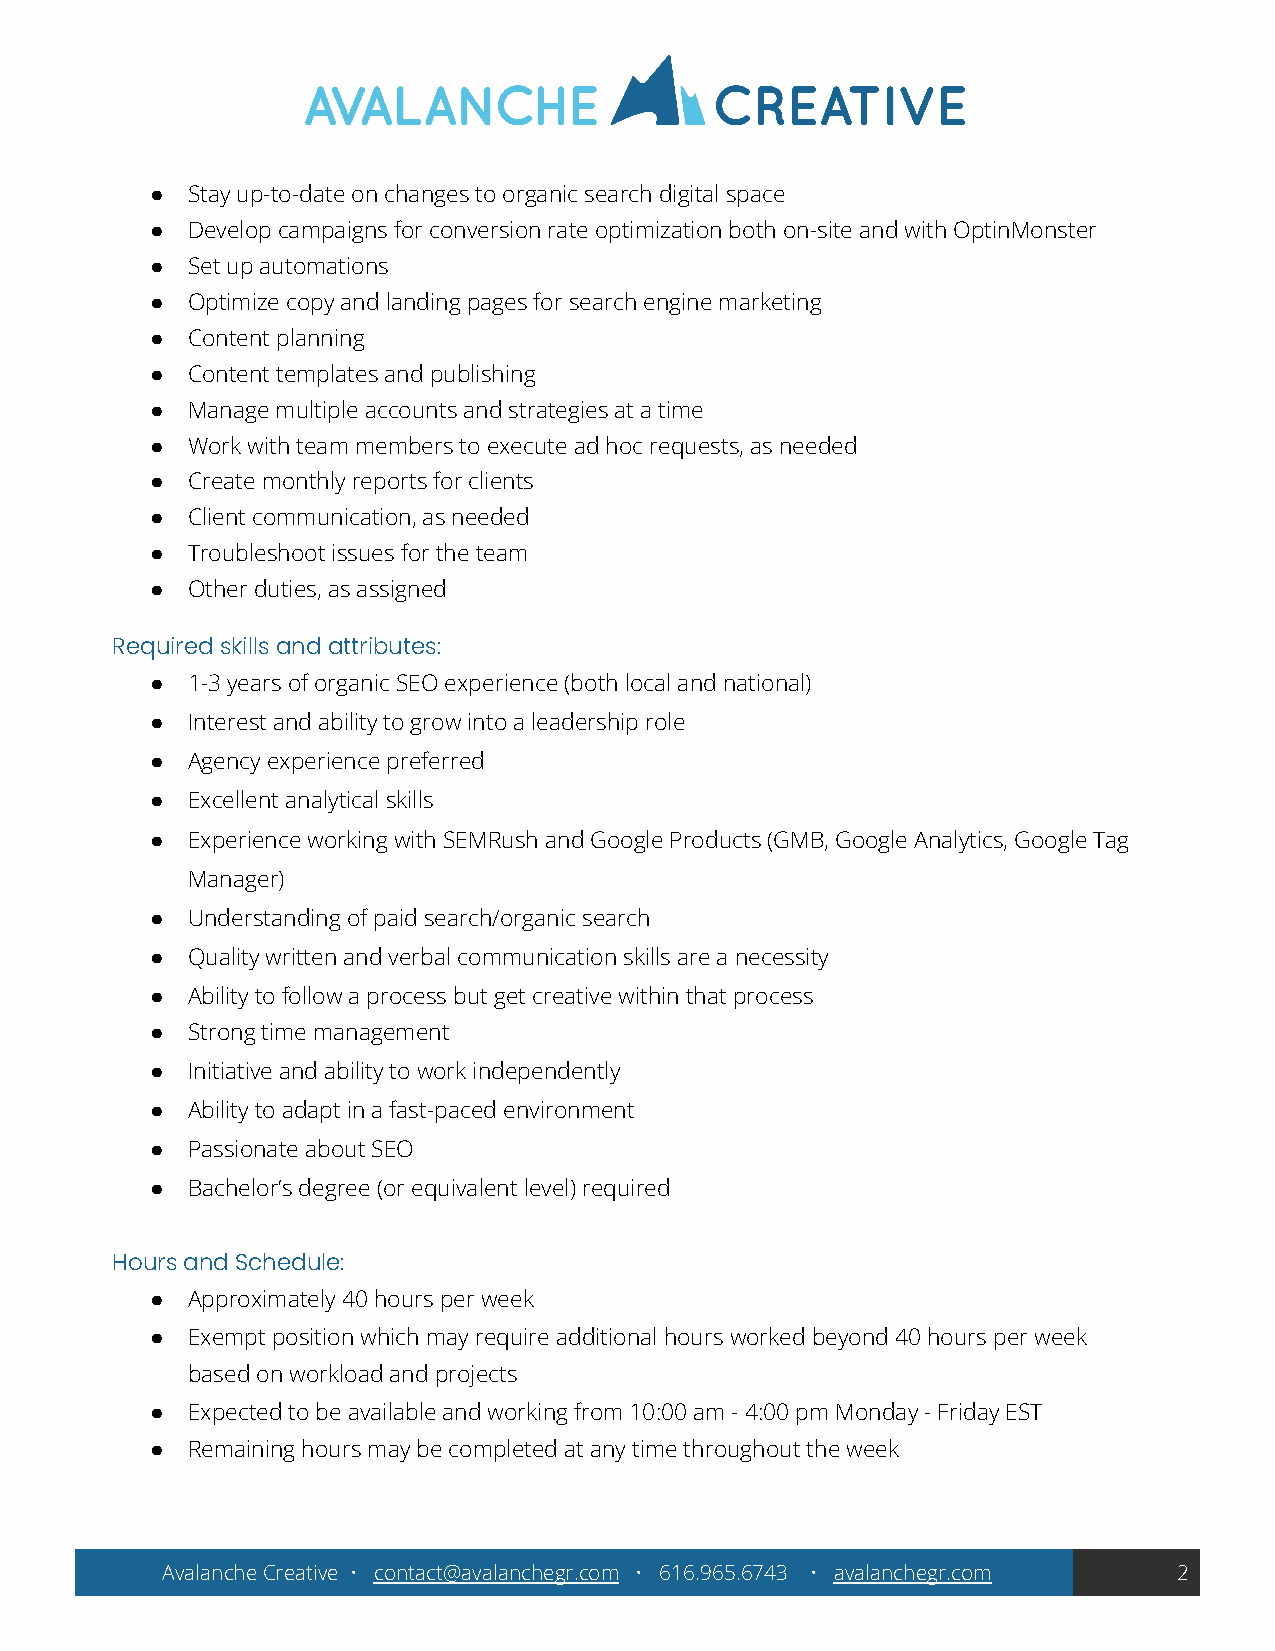
● Stay up-to-date on changes to organic search digital space
 ● Develop campaigns for conversion rate optimization both on-site and with OptinMonster
 ● Set up automations
 ● Optimize copy and landing pages for search engine marketing
 ● Content planning
 ● Content templates and publishing
 ● Manage multiple accounts and strategies at a time
 ● Work with team members to execute ad hoc requests, as needed
 ● Create monthly reports for clients
 ● Client communication, as needed
 ● Troubleshoot issues for the team
 ● Other duties, as assigned
 Required skills and attributes:
 ● 1-3 years of organic SEO experience (both local and national)
 ● Interest and ability to grow into a leadership role
 ● Agency experience preferred
 ● Excellent analytical skills
 ● Experience working with SEMRush and Google Products (GMB, Google Analytics, Google Tag
 Manager)
 ● Understanding of paid search/organic search
 ● Quality written and verbal communication skills are a necessity
 ● Ability to follow a process but get creative within that process
 ● Strong time management
 ● Initiative and ability to work independently
 ● Ability to adapt in a fast-paced environment
 ● Passionate about SEO
 ● Bachelor’s degree (or equivalent level) required
 Hours and Schedule:
 ● Approximately 40 hours per week
 ● Exempt position which may require additional hours worked beyond 40 hours per week
 based on workload and projects
 ● Expected to be available and working from 10:00 am - 4:00 pm Monday - Friday EST
 ● Remaining hours may be completed at any time throughout the week
 Avalanche Creative • contact@avalanchegr.com • 616.965.6743 • avalanchegr.com 2